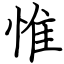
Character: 惟